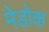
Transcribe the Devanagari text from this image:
मेडोक